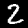
Label: 2